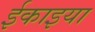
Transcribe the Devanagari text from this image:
ईकाइया